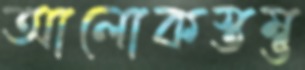
আলোকস্তম্ভ